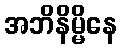
အဘိနိမ္မိနေ